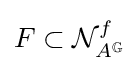
F\subset {\mathcal {N}}_{A^{\mathbb {G} }}^{f}